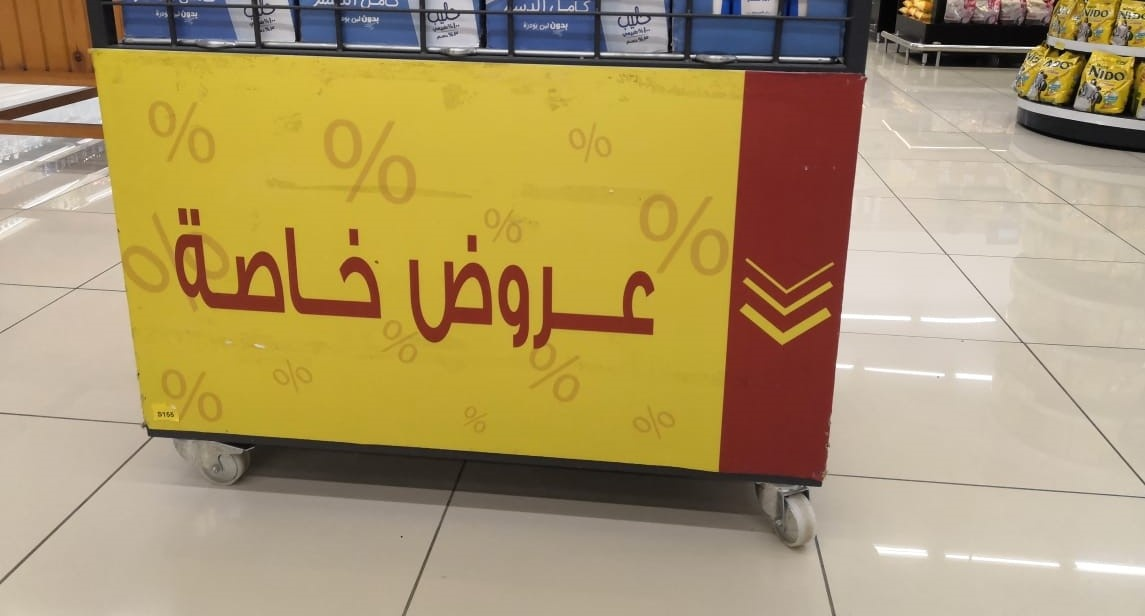
Text in image: خاصة عروض